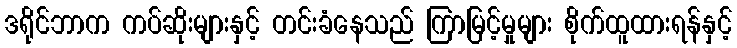
ဒရိုင်ဘာက ကပ်ဆိုးများနှင့် တင်းခံနေသည် ကြာမြင့်မှုများ စိုက်ထူထားရန်နှင့်